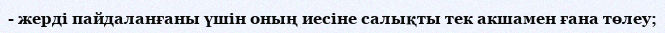
- жерді пайдаланғаны үшін оның иесіне салықты тек акшамен ғана төлеу;